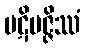
ပဋိပဇ္ဇိဿံ